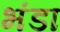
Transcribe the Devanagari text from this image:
भंडा